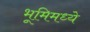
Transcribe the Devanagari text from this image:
भूमिमध्ये